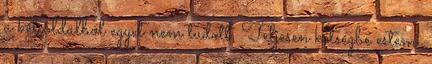
a két oldalból egyet nem tudott. Teljesen kétségbe estem,